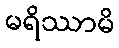
မရိဿာမိ